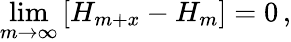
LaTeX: \operatorname*{lim}_{m\rightarrow\infty}\left[H_{m+x}-H_{m}\right]=0\, ,